Jaan_Tonisson_(Lasteleht), lk 55
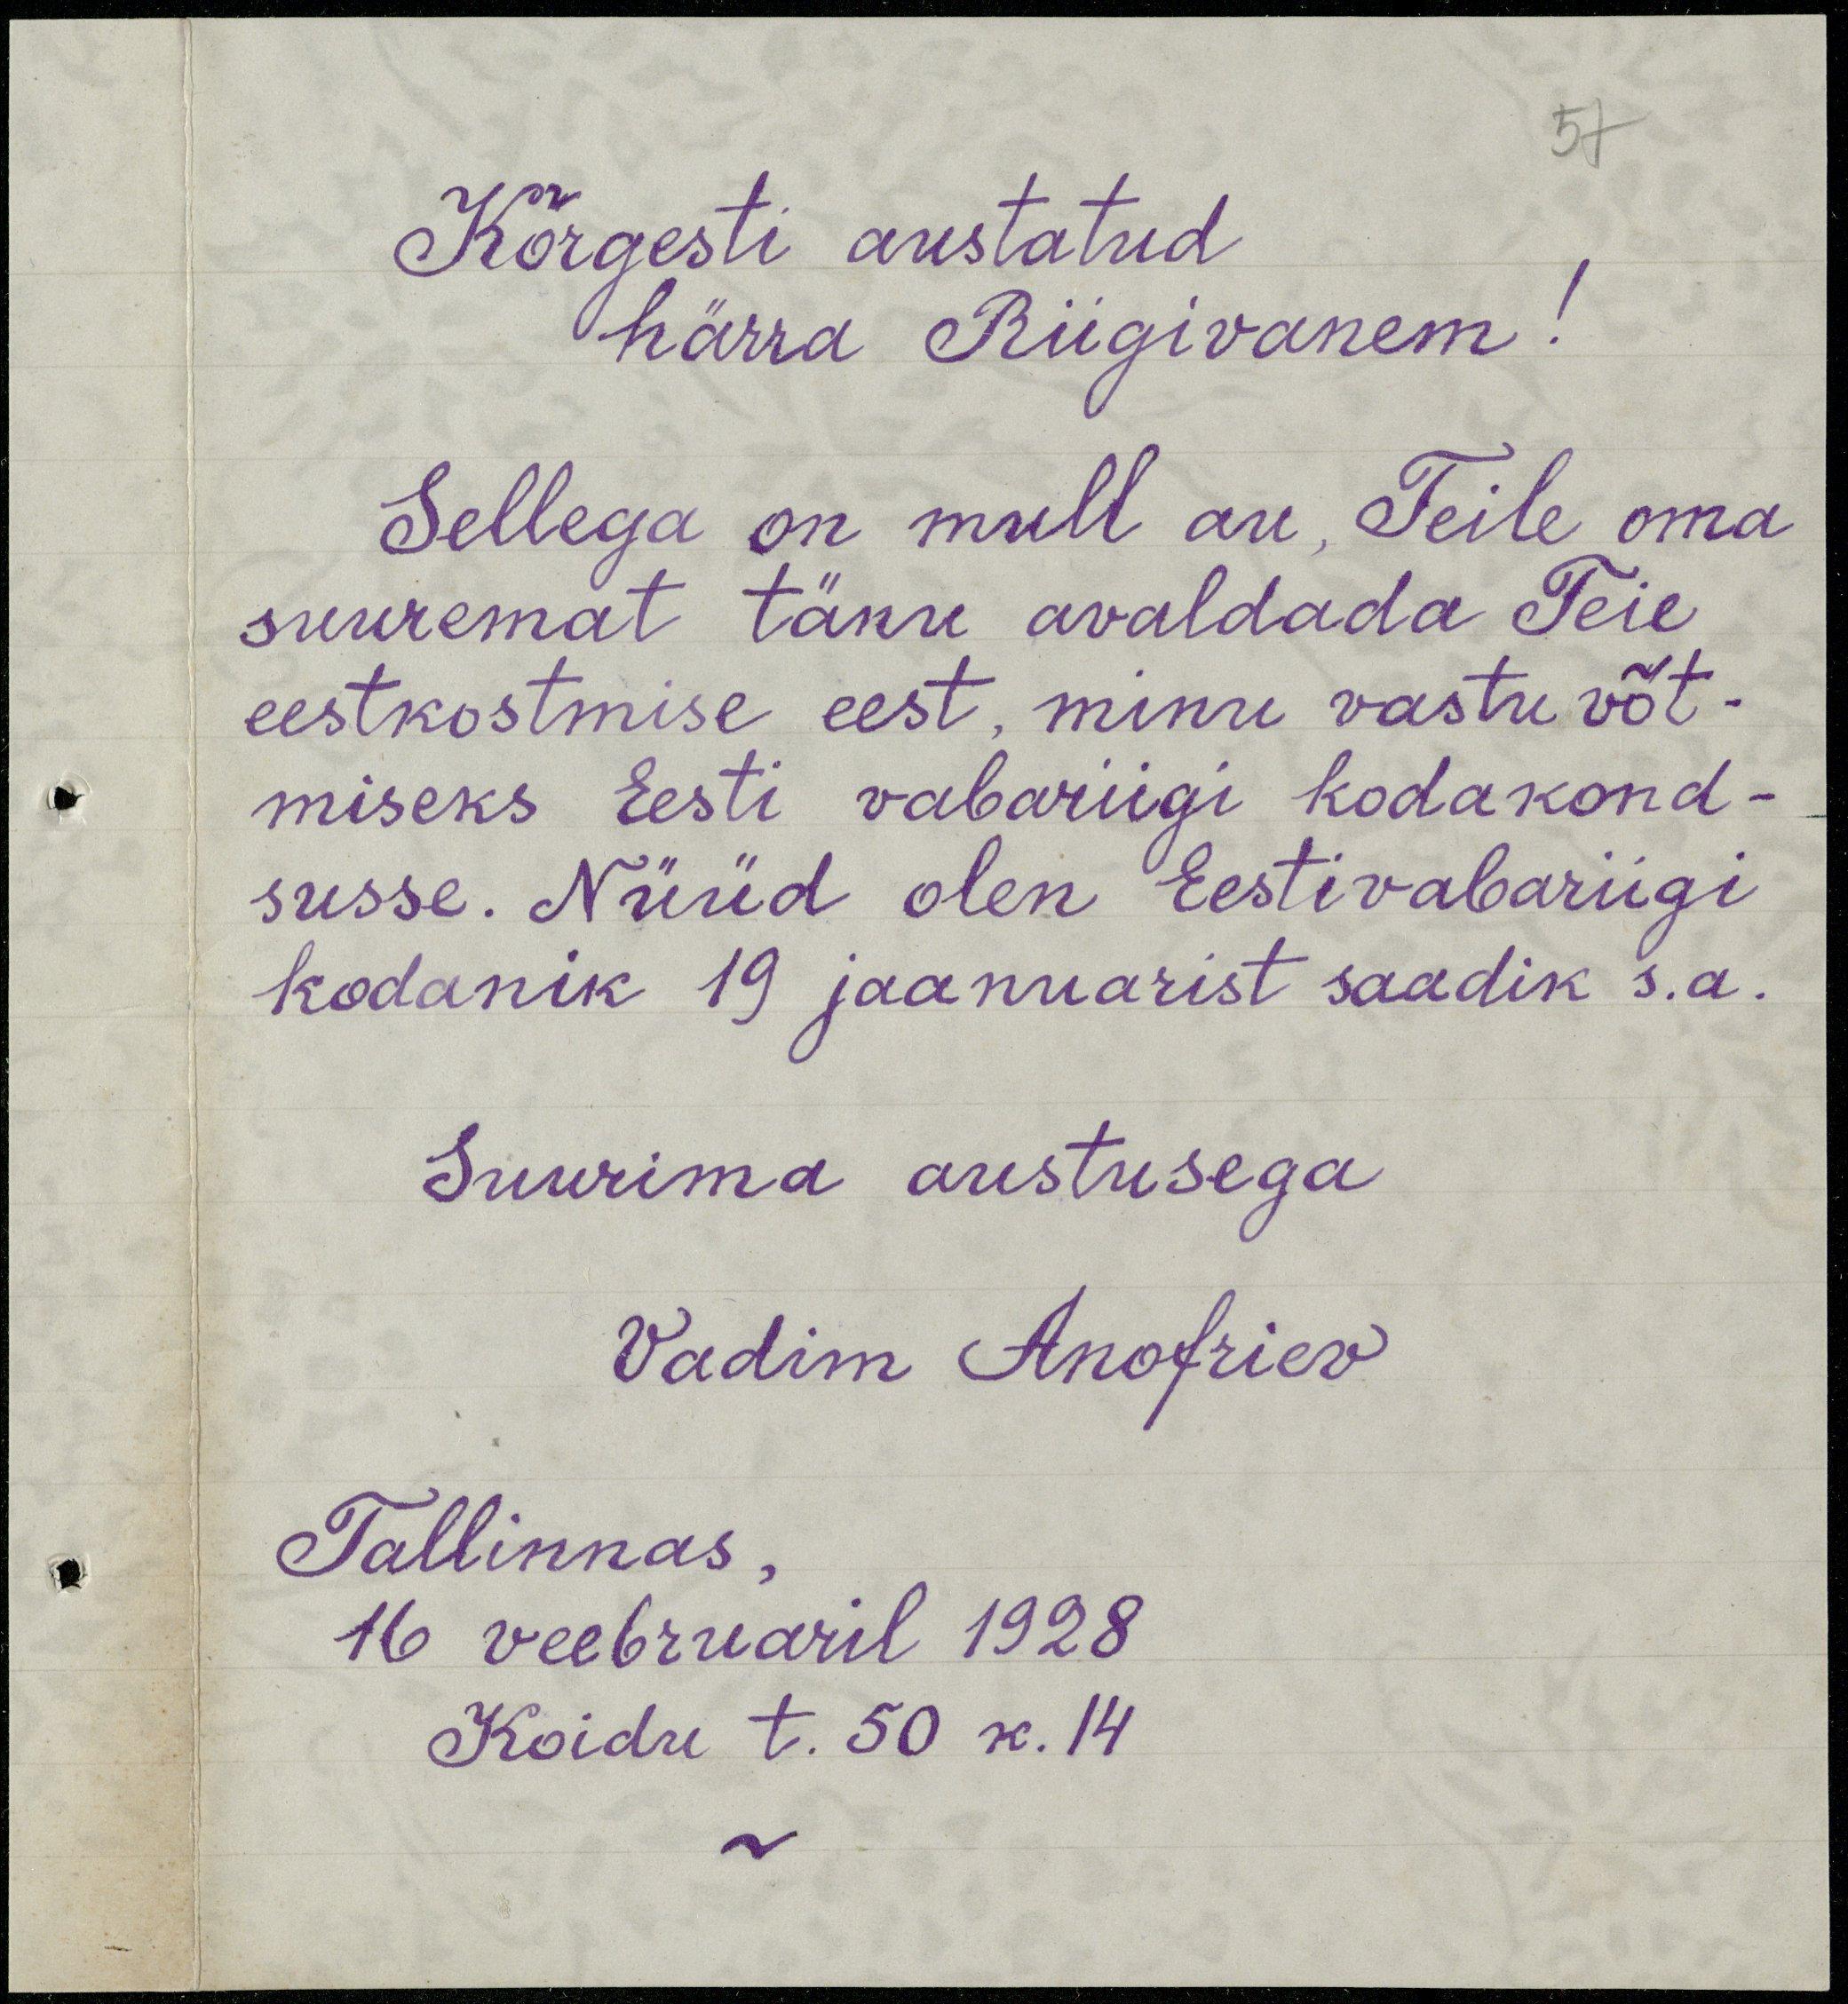
57
Kõrgesti austatud
härra Riigivanem!
Sellega on mull au, Teile oma
suuremat tänu avaldada Teie
eestkostmise eest, minu vastu võt-
miseks Eesti vabariigi kodakond-
susse. Nüüd olen Eestivabariigi
kodanik 19 jaanuarist saadik s.a.
Suurima austusega
Vadim Anofriev
Tallinnas,
16 veebruaril 1928
Koidu t. 50 k. 14